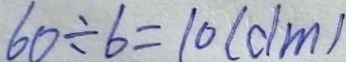
6 0 \div 6 = 1 0 ( d m )